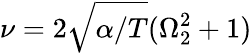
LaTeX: \nu=2\sqrt{\alpha/T}(\Omega_{2}^{2}+1)